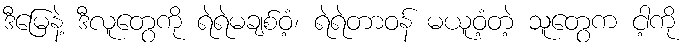
ဒီမြေနဲ့ ဒီလူတွေကို ရဲရဲမချစ်ဝံ့၊ ရဲရဲတာဝန် မယူဝံ့တဲ့ သူတွေက ငါ့ကို